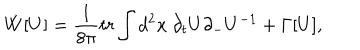
\dot { W } [ U ] = \frac { 1 } { 8 \pi } t r \int d ^ { 2 } x ~ \partial _ { t } U \partial _ { - } U ^ { - 1 } + \Gamma [ U ] ,